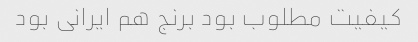
کیفیت مطلوب بود برنج هم ایرانی بود